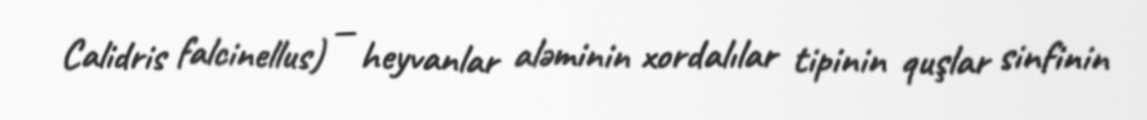
Calidris falcinellus) — heyvanlar aləminin xordalılar tipinin quşlar sinfinin